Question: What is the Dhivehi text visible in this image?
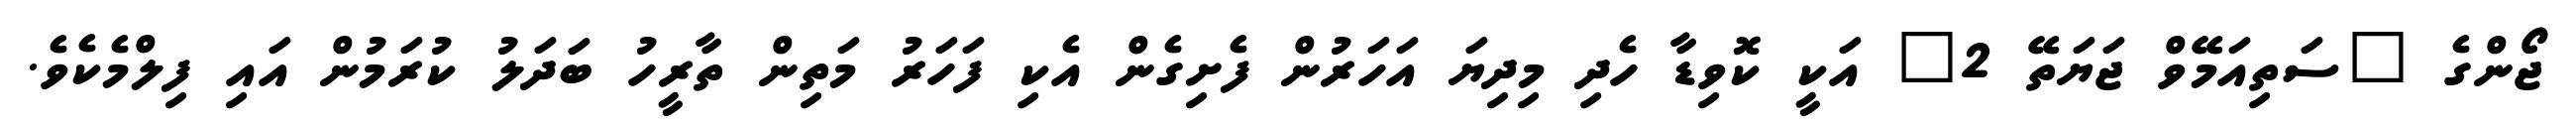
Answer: ޖޯންގެ "ސަތިއަމޭވް ޖަޔަތޭ 2" އަކީ ކޮވިޑާ ހެދި މިދިޔަ އަހަރުން ފެށިގެން އެކި ފަހަރު މަތިން ތާރީހު ބަދަލު ކުރަމުން އައި ފިލްމެކެވެ.